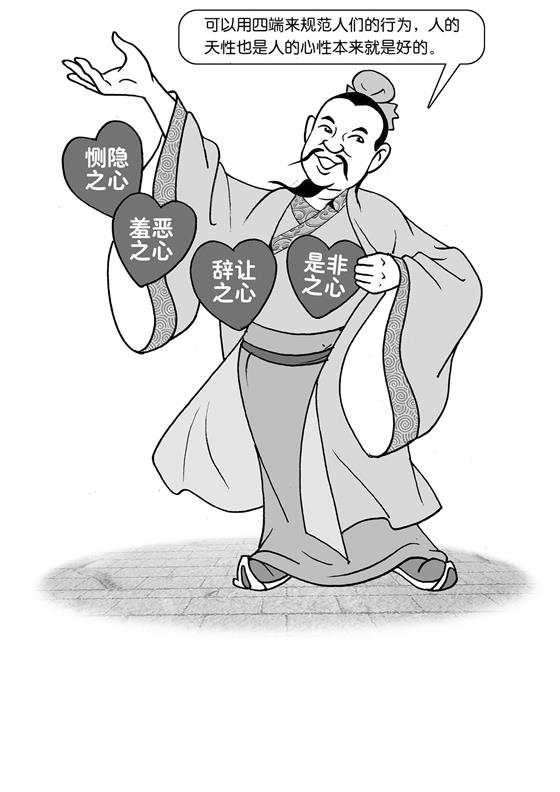
恻隐之心，仁之端也羞恶之心，义之端也辞让之心，礼之端也是非之心，智之端也。